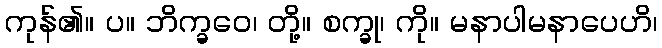
ကုန်၏။ ပ။ ဘိက္ခဝေ၊ တို့။ စက္ခု၊ ကို။ မနာပါမနာပေဟိ၊